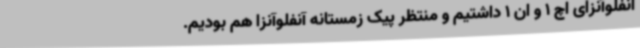
آنفلوآنزای اچ 1 و ان 1 داشتیم و منتظر پیک زمستانه آنفلوآنزا هم بودیم.